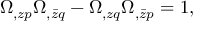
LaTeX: \Omega _ { , z p } \Omega _ { , \bar { z } q } - \Omega _ { , z q } \Omega _ { , \bar { z } p } = 1 ,